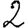
Digit: 2